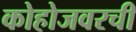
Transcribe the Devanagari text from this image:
कोहोजवरची